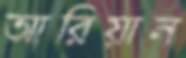
আরিয়ান